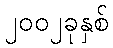
၂၀၀၂ခုနှစ်